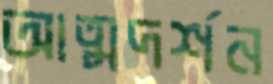
আত্মদর্শন